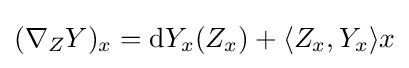
(\nabla _{Z}Y)_{x}=\mathrm {d} Y_{x}(Z_{x})+\langle Z_{x},Y_{x}\rangle x